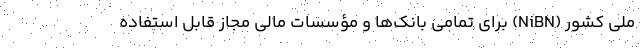
ملی کشور (NiBN) برای تمامی بانک‌ها و مؤسسات مالی مجاز قابل استفاده